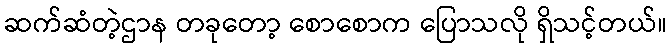
ဆက်ဆံတဲ့ဌာန တခုတော့ စောစောက ပြောသလို ရှိသင့်တယ်။